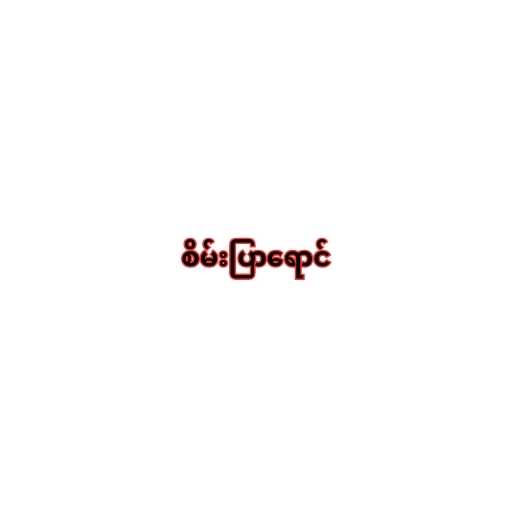
စိမ်းပြာရောင်